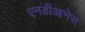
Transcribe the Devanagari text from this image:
एनडीआनेस